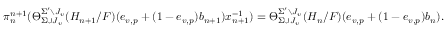
\pi _ { n } ^ { n + 1 } ( \Theta _ { \Sigma \cup J _ { v } } ^ { \Sigma ^ { \prime } \setminus J _ { v } } ( H _ { n + 1 } / F ) ( e _ { v , p } + ( 1 - e _ { v , p } ) b _ { n + 1 } ) x _ { n + 1 } ^ { - 1 } ) = \Theta _ { \Sigma \cup J _ { v } } ^ { \Sigma ^ { \prime } \setminus J _ { v } } ( H _ { n } / F ) ( e _ { v , p } + ( 1 - e _ { v , p } ) b _ { n } ) .